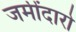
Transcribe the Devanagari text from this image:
जमींदारो